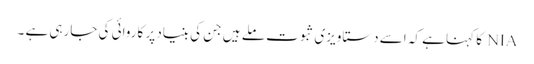
NIA کا کہنا ہے کہ اسے دستاویزی ثبوت ملے ہیں جن کی بنیاد پر کاروائی کی جارہی ہے ۔